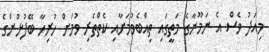
މިއަދު ވެސް އެ ނަމޫނާގެ މަތީގައި ތިއްބެވުމަށާއި ކެތްތެރި ވުމަށް ހުރިހާ ބޭފުޅުންގެ